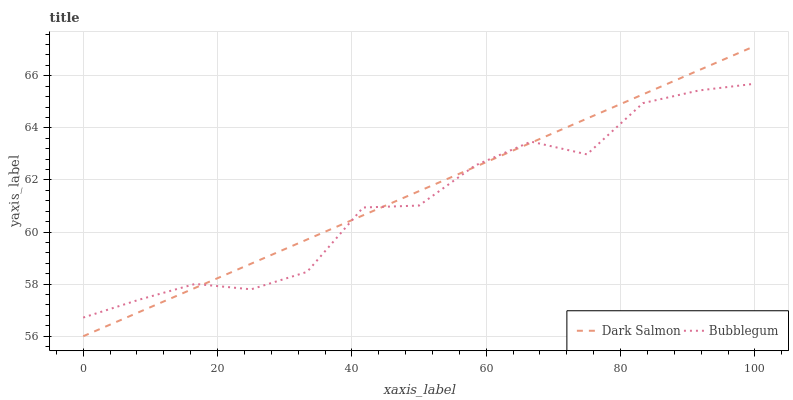
| xaxis_label | Dark Salmon | Bubblegum |
 | --- | --- | --- |
 | 0 | 56 | 56.7 |
 | 8.33 | 56.9 | 57.4 |
 | 16.7 | 57.9 | 58 |
 | 25 | 58.8 | 57.8 |
 | 33.3 | 59.7 | 58.5 |
 | 41.7 | 60.6 | 60.9 |
 | 50 | 61.6 | 61 |
 | 58.3 | 62.5 | 62.6 |
 | 66.7 | 63.4 | 63.5 |
 | 75 | 64.4 | 63 |
 | 83.3 | 65.3 | 64.9 |
 | 91.7 | 66.2 | 65.4 |
 | 100 | 67.1 | 65.7 |